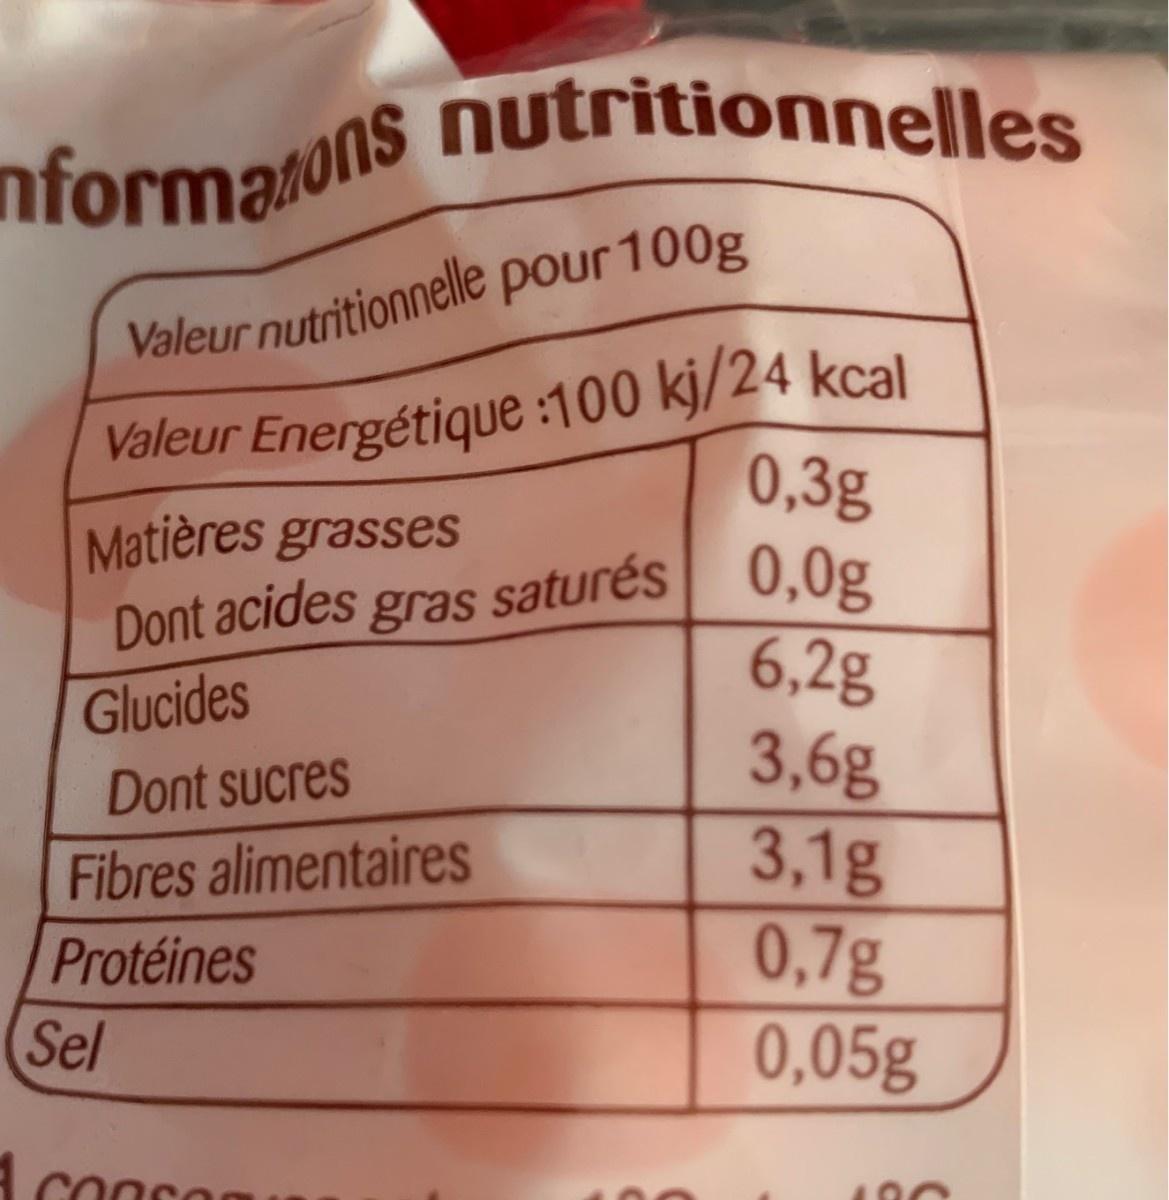
nformarons nutritionnelles
Valeur nutritionnelle pour 100g
Valeur Energétique :100 kj/24 kcal 0,3g
Matières grasses
Dont acides gras saturés 0,0g
6,2g 3,6g 3,1g 0,7g 0,05g
Glucides
Dont sucres
Fibres alimentaires Protéines Sel
A coaco